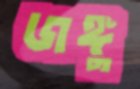
জঙ্গু